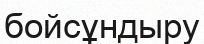
бойсұндыру